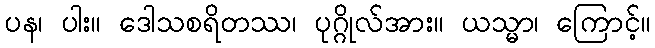
ပန၊ ပါး။ ဒေါသစရိတဿ၊ ပုဂ္ဂိုလ်အား။ ယသ္မာ၊ ကြောင့်။